Annual report of the Bengal Veterinary College and of the Civil Veterinary Department, Bengal, for the year 1919-20 - 1919-1920
Year: 1919
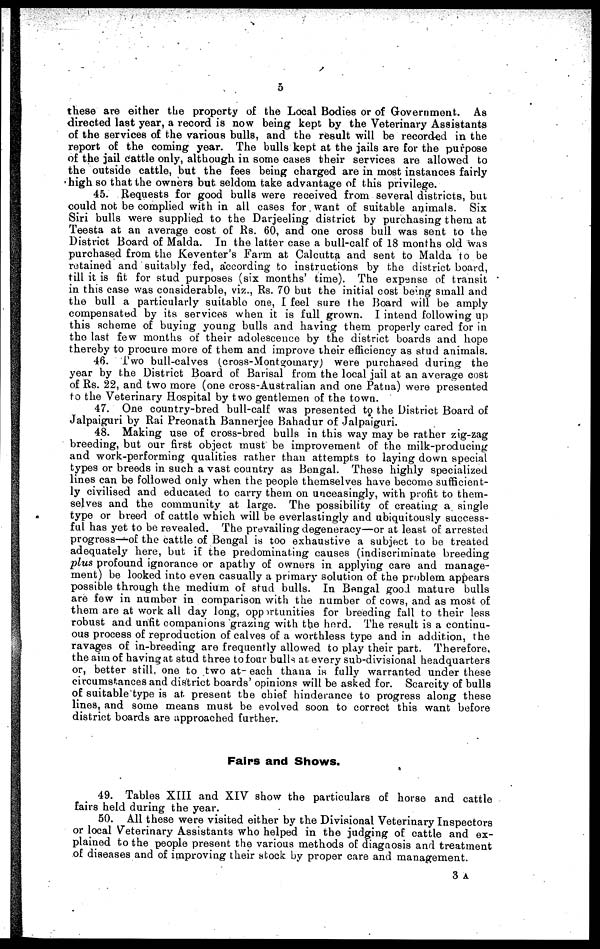
5
these are either the property of the Local Bodies or of Government. As
directed la9t year, a record is now being kept by the Veterinary Assistants
of the services of the various bulls, and the result will be recorded in the
report of the coming year. The bulls kept at the jails are for the purpose
of the jail cattle only, although in some cases their services are allowed to
the outside cattle, but the fees being charged are in most instances fairly
high so that the owners but seldom take advantage of this privilege.
45. Requests for good bulls were received from several districts, but
could not be complied with in all cases for want of suitable animals. Six
Siri bulls were supplied to the Darjeeling district by purchasing them at
Tee8ta at an average cost of Rs. 60, and one cross bull was sent to the
District Board of Malda. In the latter case a bull-calf of 18 months old was
purchased from the Keventer's Farm at Calcutta and sent to Malda to be
retained and suitably fed, according to instructions by the district board,
till it is fit for stud purposes (six months' time). The expanse of transit
in this case was considerable, viz., Rs. 70 but the initial cost being small and
the bull a particularly suitable one, I feel sure the Board will be amply
compensated by its services when it is full grown. I intend following up
this scheme of buying young bulls and having them properly cared for in
the last few months of their adolescence by the district boards and hope
thereby to procure more of them and improve their efficiency as stud animals.
46. Two bull-calves (cross-Montgomary) were purchased during the
year by the District Board of Barisal from the local jail at an average cost
of Rs. 22, and two more (one cross-Australian and one Patna) were presented
to the Veterinary Hospital by two gentlemen of the town.
47. One country-bred bull-calf was presented to the District Board of
Jalpaiguri by Rai Preonath Bannerjee Bahadur of Jalpaiguri.
48. Making use of cross-bred bulls in this way may be rather zig-zag
breeding, but our first object must be improvement of the milk-producing
and work-performing qualities rather than attempts to laying down special
types or breeds in such a vast country as Bengal. These highly specialized
lines can be followed only when the people themselves have become sufficient-
ly civilised and educated to carry them on unceasingly, with profit to them-
selves and the community at large. The possibility of creating a single
type or breed of cattle which will be everlastingly and ubiquitously success-
ful has yet to be revealed. The prevailing degeneracy—or at least of arrested
progress—of the cattle of Bengal is too exhaustive a subject to be treated
adequately here, but if the predominating causes (indiscriminate breeding
plus profound ignorance or apathy of owners in applying care and manage-
ment) be looked into even casually a primary solution of the problem appears
possible through the medium of stud bulls. In Bengal good mature bulls
are few in number in comparison with the number of cows, and as most of
them are at work all day long, opportunities for breeding fall to their less
robust and unfit companions grazing with the herd. The result is a continu-
ous process of reproduction of calves of a worthless type and in addition, the
ravages of in-breeding are frequently allowed to play their part. Therefore,
the aim of having at stud three to four bulls at every sub-divisional headquarters
or, better still, one to two at- each thana is fully warranted under these
circumstances and district boards' opinions will be asked for. Scarcity of bulls
of suitable type is at. present the chief hinderance to progress along these
lines, and some means must be evolved soon to correct this want before
district boards are approached further.
Fairs and Shows.
49. Tables XIII and XIV show the particulars of horse and cattle
fairs held during the year.
50. All these were visited either by the Divisional Veterinary Inspectors
or local Veterinary Assistants who helped in the judging of cattle and ex-
plained to the people present the various methods of diagnosis and treatment
of diseases and of improving their stock by proper care and management.
3 A